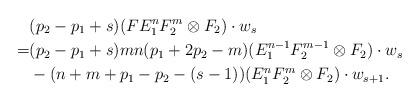
LaTeX: \begin{align*}& (p_2 - p_1 + s) (F E_{1}^{n} F_{2}^{m} \otimes F_2) \cdot w_s \\ = & (p_2 - p_1 + s)mn(p_1 + 2p_2 - m) (E_{1}^{n-1} F_{2}^{m-1} \otimes F_2) \cdot w_s \\& -(n + m + p_1 - p_2 - (s-1))(E_{1}^{n} F_{2}^{m} \otimes F_2) \cdot w_{s+1}.\end{align*}